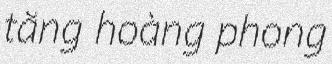
tăng hoàng phong